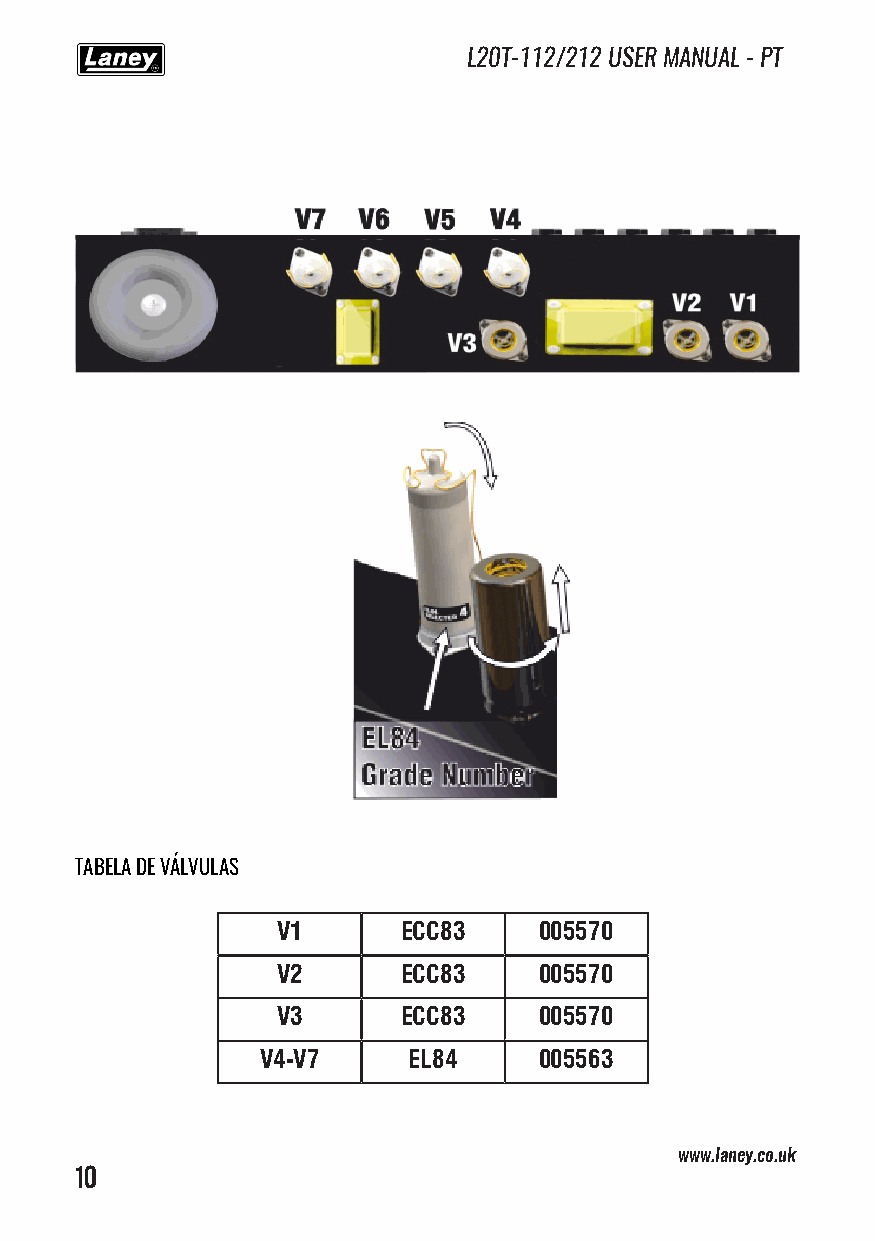
L20T-112/212 USER MANUAL - PT
 TABELA DE VÁLVULAS
 V1      ECC83     005570
 V2      ECC83     005570
 V3      ECC83     005570
 V4-V7     EL84     005563
 www.laney.co.uk
 10